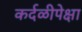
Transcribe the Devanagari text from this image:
कर्दळीपेक्षा